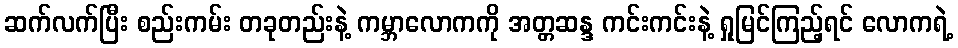
ဆက်လက်ပြီး စည်းကမ်း တခုတည်းနဲ့ ကမ္ဘာလောကကို အတ္တဆန္ဒ ကင်းကင်းနဲ့ ရှုမြင်ကြည့်ရင် လောကရဲ့